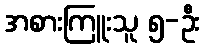
အစားကြူးသူ ၅-ဦး